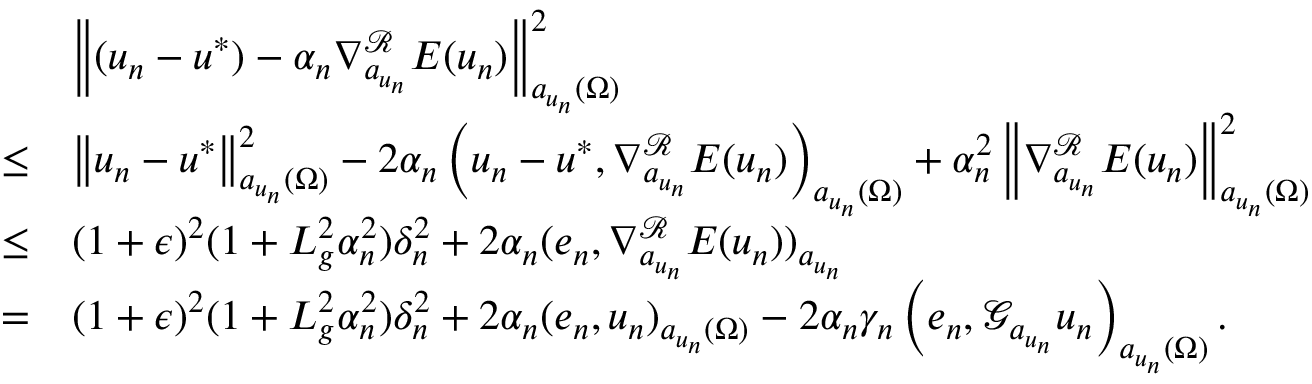
\begin{array} { r l } & { \left\Vert ( u _ { n } - u ^ { * } ) - \alpha _ { n } \nabla _ { a _ { u _ { n } } } ^ { \mathcal { R } } E ( u _ { n } ) \right\Vert _ { a _ { u _ { n } } ( \Omega ) } ^ { 2 } } \\ { \leq } & { \left\Vert u _ { n } - u ^ { * } \right\Vert _ { a _ { u _ { n } } ( \Omega ) } ^ { 2 } - 2 \alpha _ { n } \left( u _ { n } - u ^ { * } , \nabla _ { a _ { u _ { n } } } ^ { \mathcal { R } } E ( u _ { n } ) \right) _ { a _ { u _ { n } } ( \Omega ) } + \alpha _ { n } ^ { 2 } \left\Vert \nabla _ { a _ { u _ { n } } } ^ { \mathcal { R } } E ( u _ { n } ) \right\Vert _ { a _ { u _ { n } } ( \Omega ) } ^ { 2 } } \\ { \leq } & { ( 1 + \epsilon ) ^ { 2 } ( 1 + L _ { g } ^ { 2 } \alpha _ { n } ^ { 2 } ) \delta _ { n } ^ { 2 } + 2 \alpha _ { n } ( e _ { n } , \nabla _ { a _ { u _ { n } } } ^ { \mathcal { R } } E ( u _ { n } ) ) _ { a _ { u _ { n } } } } \\ { = } & { ( 1 + \epsilon ) ^ { 2 } ( 1 + L _ { g } ^ { 2 } \alpha _ { n } ^ { 2 } ) \delta _ { n } ^ { 2 } + 2 \alpha _ { n } ( e _ { n } , u _ { n } ) _ { a _ { u _ { n } } ( \Omega ) } - 2 \alpha _ { n } \gamma _ { n } \left( e _ { n } , \mathcal { G } _ { a _ { u _ { n } } } u _ { n } \right) _ { a _ { u _ { n } } ( \Omega ) } . } \end{array}